Report of the Indian Hemp Drugs Commission, 1894-1895 - Volume VI
Year: 1894
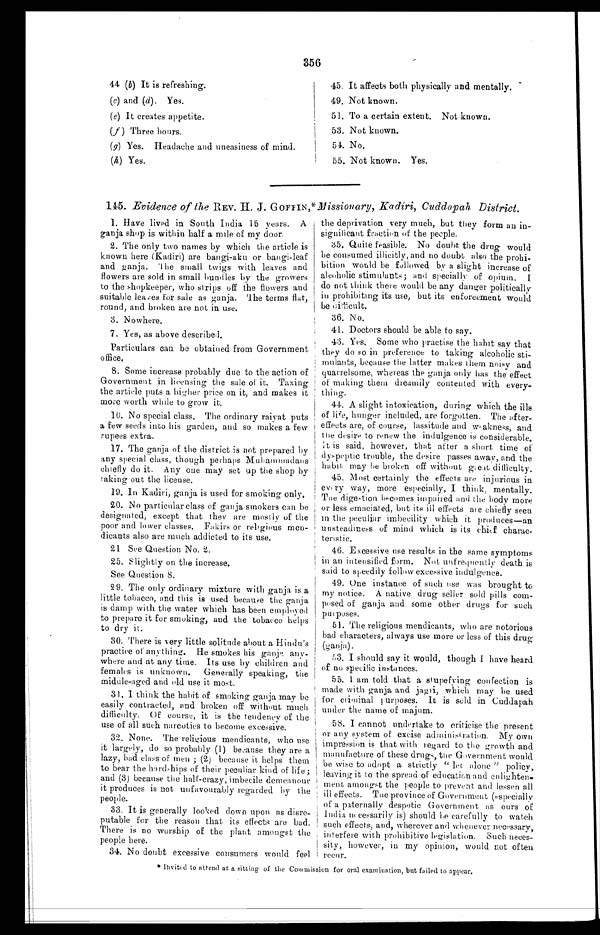
356
44 (b) It is refreshing.
(c) and (d) . Yes.
(e) It creates appetite.
(f ) Three hours.
( g) Yes. Headache and uneasiness of mind.
(h) Yes.
45. It affects both physically and mentally.
49. Not known.
51. To a certain extent. Not known.
53. Not known.
51. No.
55. Not known. Yes.
145. Evidence of the REV. H. J. GOFFIN,*Missionary, Kadiri, Cuddapah District.
1. Have lived in South India 15 years. A
ganja shop is within half a mile of my door.
2. The only two names by which the article is
known here (Kadiri) are bangi-aku or bangi-leaf
and ganja. The small twigs with leaves and
flowers are sold in small bundles by the growers
to the shopkeeper, who strips off the flowers and
suitable leaves for sale as ganja. The terms flat,
round, and broken are not in use.
3. Nowhere.
7. Yes, as above described.
Particulars can be obtained from Government
office.
8. Some increase probably due to the action of
Government in licensing the sale of it. Taxing
the article puts a higher price on it, and makes it
more worth while to grow it.
10. No special class. The ordinary raiyat puts
a few seeds into his garden, and so makes a few
rupees extra.
17. The ganja of the district is not prepared by
any special class, though perhaps Muhammadans
chiefly do it. Any one may set up the shop by
taking out the license.
19. In Kadiri, ganja is used for smoking only.
20. No particular class of ganja smokers can be
designated, except that they are mostly of the
poor and lower classes. Fakirs or religious men-
dicants also are much addicted to its use.
21 See Question No. 2.
25. Slightly on the increase.
See Question 8.
29. The only ordinary mixture with ganja is a
little tobacco, and this is used because the ganja
is damp with the water which has been employed
to prepare it for smoking, and the tobacco helps
to dry it.
30. There is very little solitude about a Hindu's
practice of anything. He smokes his ganja any-
where and at any time. Its use by children and
females is unknown. Generally speaking, the
middle-aged and old use it most.
31. I think the habit of smoking ganja may be
easily contracted, and broken off without much
difficulty. Of course, it is the tendency of the
use of all such narcotics to become excessive.
32. None. The religious mendicants, who use
it largely, do so probably (1) because they are a
lazy, bad class of men ; (2) because it helps them
to bear the hard-hips of their peculiar kind of life;
and (3) because the half-crazy, imbecile demeanour
it produces is not unfavourably regarded by the
people.
33. It is generally looked down upon as disre-
putable for the reason that its effects are bad.
There is no worship of the plant amongst the
people here.
34. No doubt excessive consumers would feel
the deprivation very much, but they form an in-
significant fraction of the people.
35. Quite feasible. No doubt the drug would
be consumed illicitly, and no doubt also the prohi-
bition would be followed by a slight increase of
alcoholic stimulants; and specially of opium. I
do not think there would be any danger politically
in prohibiting its use, but its enforcement would
be difficult.
36. N o.
41. Doctors should be able to say.
43. Yes. Some who practise the habit say that
they do so in preference to taking alcoholic sti-
mulants, because the latter makes them noisy and
quarrelsome, whereas the ganja only has the effect
of making them dreamily contented with every-
thing.
44. A slight intoxication, during which the ills
of life, hunger included, are forgotten. The after-
effects are, of course, lassitude and weakness, and
the desire to renew the indulgence is considerable.
It is said, however, that after a short time of
dyspeptic trouble, the desire passes away, and the
habit may be broken off without great difficulty.
45. Most certainly the effects are injurious in
every way, more especially, I think, mentally.
The digestion becomes impaired and the body more
or less emaciated, but its ill effects are chiefly seen
in the peculiar imbecility which it
produces—an unsteadiness of mind which is its chief charac-
teristic.
46. Excessive use results in the same symptoms
in an intensified form. Not unfrequently death is
said to speedily follow excessive indulgence.
49. One instance of such use was brought to
my notice. A native drug seller sold pills com-
posed of ganja and some other drugs for such
purposes.
51. The religious mendicants, who are notorious
bad characters, always use more or less of this drug
(ganja).
53. I should say it would, though I have heard
of no specific instances.
55. I am told that a stupefying confection is
made with ganja and jagri, which may be used
for criminal purposes. It is sold in Cuddapah
under the name of majum.
58. I cannot undertake to criticise the present
or any system of excise administration. My own
impression is that with regard to the growth and
manufacture of these drugs, the Government would
be wise to adopt a strictly " let alone " policy,
leaving it to the spread of education and enlighten-
ment amongst the people to prevent and lessen all
ill effects. The province of Government (especially
of a paternally despotic Government as ours of
India necessarily is) should be carefully to watch
such effects, and, wherever and whenever necessary,
interfere with prohibitive legislation. such neces-
sity, however, in my opinion, would not often
recur.
* Invited to attend at a sitting of the Commission for oral examination, but failed to appear.